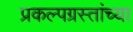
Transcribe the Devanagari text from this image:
प्रकल्पग्रस्तांच्या